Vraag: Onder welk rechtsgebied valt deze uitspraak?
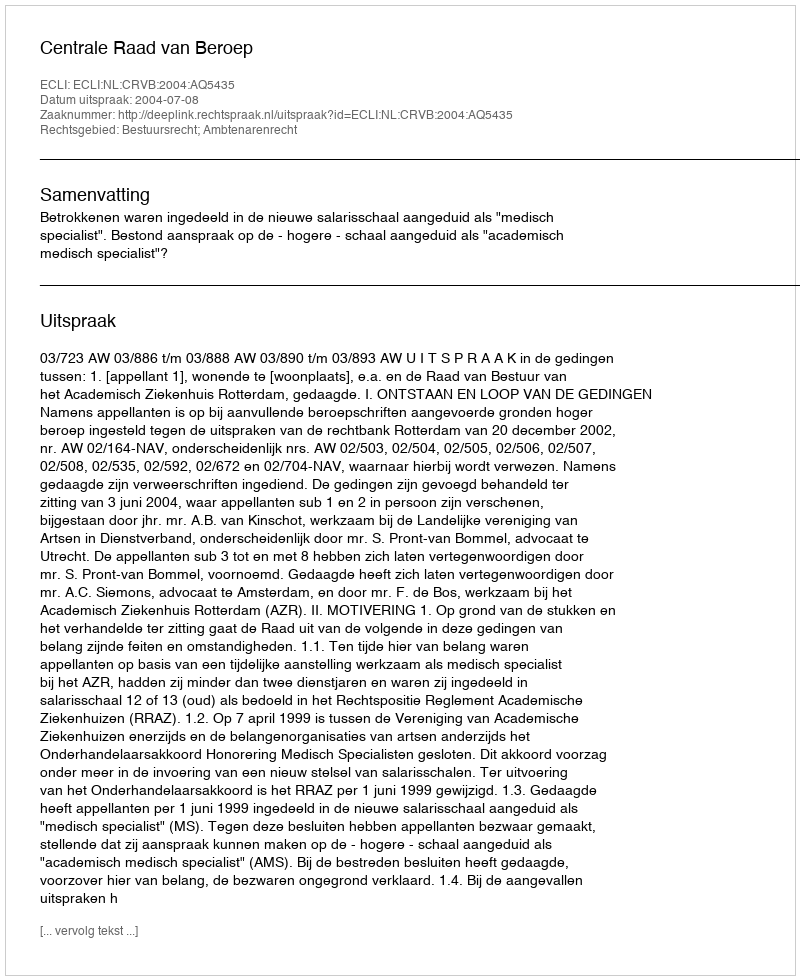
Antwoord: Bestuursrecht; Ambtenarenrecht